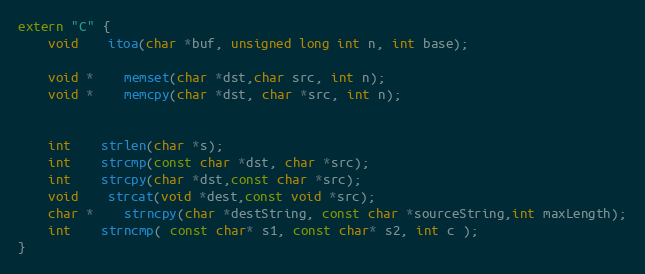
Language: C
extern "C" {
	void 	itoa(char *buf, unsigned long int n, int base);

	void *	memset(char *dst,char src, int n);
	void *	memcpy(char *dst, char *src, int n);

	int 	strlen(char *s);
	int 	strcmp(const char *dst, char *src);
	int 	strcpy(char *dst,const char *src);
	void 	strcat(void *dest,const void *src);
	char *	strncpy(char *destString, const char *sourceString,int maxLength);
	int 	strncmp( const char* s1, const char* s2, int c );
}